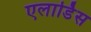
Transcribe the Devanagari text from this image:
एलार्डिस